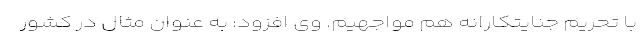
با تحریم جنایتکارانه هم مواجهیم. وی افزود: به عنوان مثال در کشور